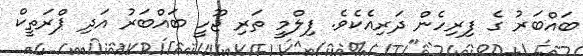
ބައްބަރު ގެ ފިރިހެން ދަރިއެކެވެ. ފިލްމީ ތަރި ޖޫހީ ބައްބަރު އަދި ޕްރަތީކް